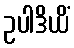
ဥပါဒိယိံ